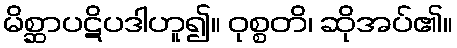
မိစ္ဆာပဋိပဒါဟူ၍။ ဝုစ္စတိ၊ ဆိုအပ်၏။